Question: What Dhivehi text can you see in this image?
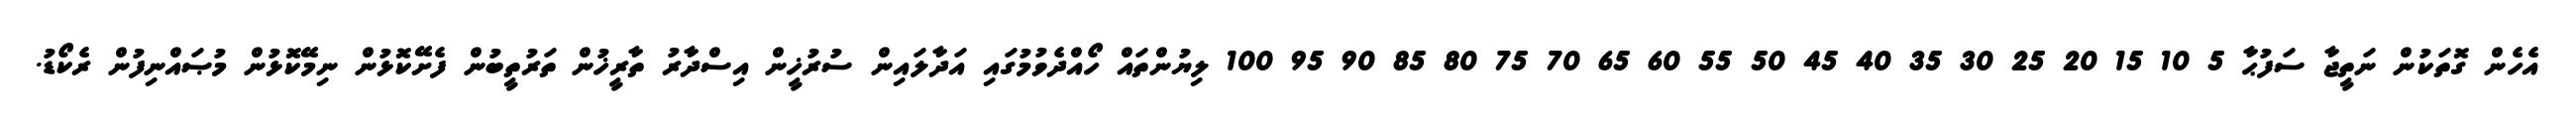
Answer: އެހެން ގޮތަކުން ނަތީޖާ ސަފުޙާ 5 10 15 20 25 30 35 40 45 50 55 60 65 70 75 80 85 90 95 100 ލިޔުންތައް ހޯއްދެވުމުގައި އަދާލައިން ސުރުޚީން އިސްދާރު ތާރީޚުން ތަރުތީބުން ފެށޭކޮޅުން ނިމޭކޮޅުން މުޞައްނިފުން ރެކޯޑު.